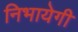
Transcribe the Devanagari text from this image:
निभायेगी